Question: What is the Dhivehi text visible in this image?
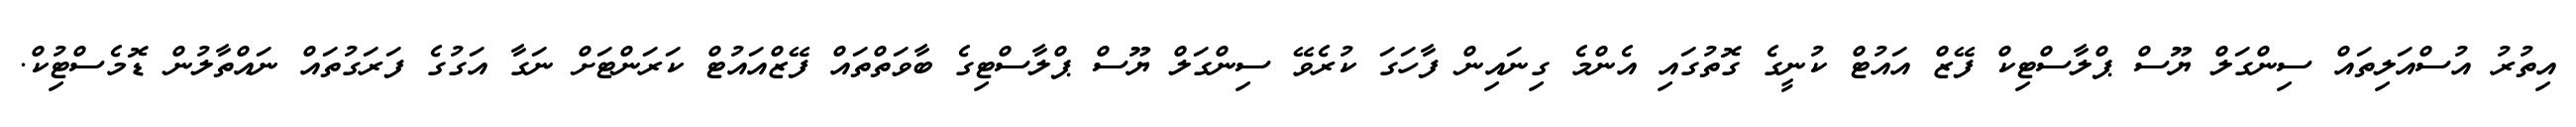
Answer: އިތުރު އުސްއަލިތައް ސިންގަލް ޔޫސް ޕްލާސްޓިކް ފޭޒް އައުޓް ކުނީގެ ގޮތުގައި އެންމެ ގިނައިން ފާހަގަ ކުރެވޭ ސިންގަލް ޔޫސް ޕްލާސްޓިގެ ބާވަތްތައް ފޭޒްއައުޓް ކަރަންޓަށް ނަގާ އަގުގެ ފަރަގުތައް ނައްތާލުން ޑޮމެސްޓިުކް.